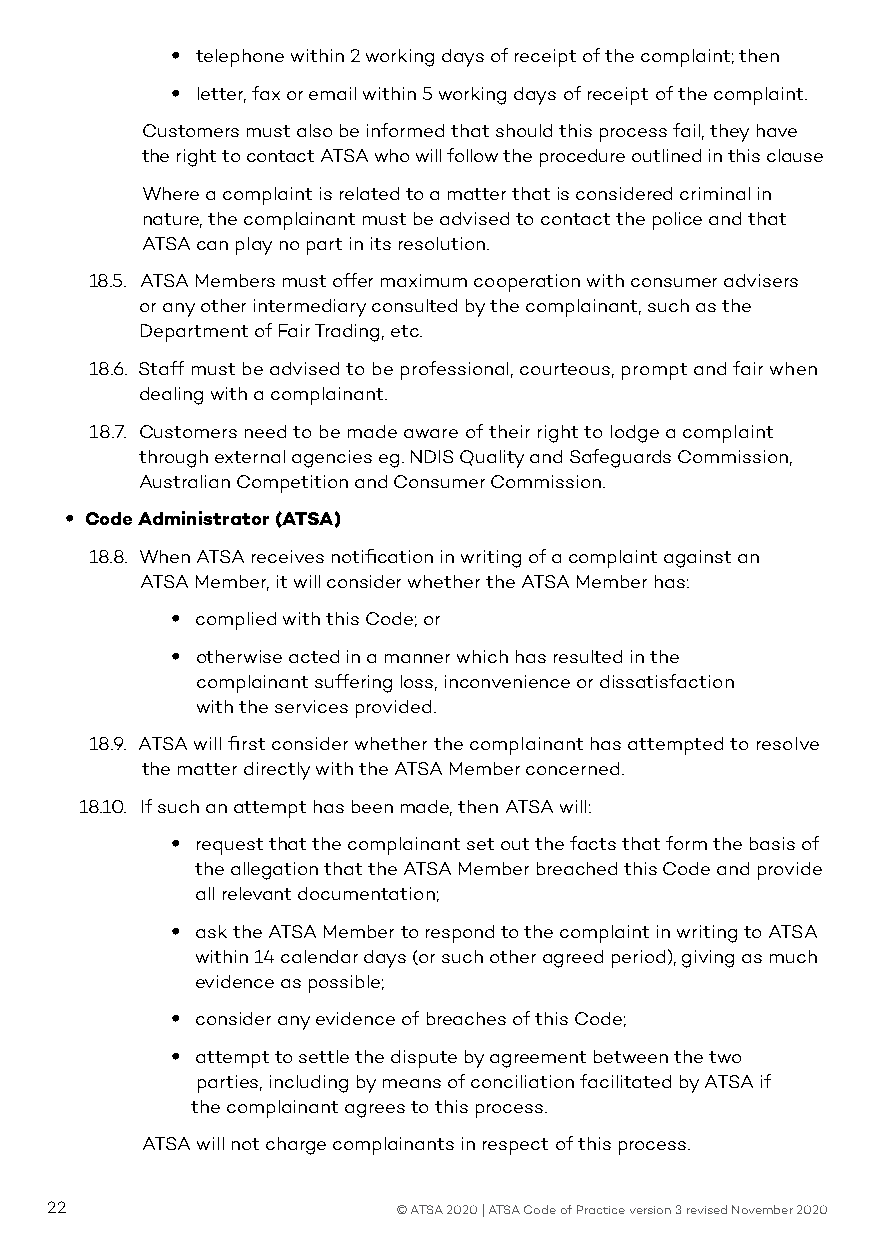
• telephone within 2 working days of receipt of the complaint; then
 • letter, fax or email within 5 working days of receipt of the complaint.
 Customers must also be informed that should this process fail, they have
 the right to contact ATSA who will follow the procedure outlined in this clause
 Where a complaint is related to a matter that is considered criminal in
 nature, the complainant must be advised to contact the police and that
 ATSA can play no part in its resolution.
 18.5. ATSA Members must offer maximum cooperation with consumer advisers
 or any other intermediary consulted by the complainant, such as the
 Department of Fair Trading, etc.
 18.6. Staff must be advised to be professional, courteous, prompt and fair when
 dealing with a complainant.
 18.7. Customers need to be made aware of their right to lodge a complaint
 through external agencies eg. NDIS Quality and Safeguards Commission,
 Australian Competition and Consumer Commission.
 • Code Administrator (ATSA)
 18.8. When ATSA receives notification in writing of a complaint against an
 ATSA Member, it will consider whether the ATSA Member has:
 • complied with this Code; or
 • otherwise acted in a manner which has resulted in the
 complainant suffering loss, inconvenience or dissatisfaction
 with the services provided.
 18.9. ATSA will first consider whether the complainant has attempted to resolve
 the matter directly with the ATSA Member concerned.
 18.10. If such an attempt has been made, then ATSA will:
 • request that the complainant set out the facts that form the basis of
 the allegation that the ATSA Member breached this Code and provide
 all relevant documentation;
 • ask the ATSA Member to respond to the complaint in writing to ATSA
 within 14 calendar days (or such other agreed period), giving as much
 evidence as possible;
 • consider any evidence of breaches of this Code;
 • attempt to settle the dispute by agreement between the two
 parties, including by means of conciliation facilitated by ATSA if
 the complainant agrees to this process.
 ATSA will not charge complainants in respect of this process.
 22                     © ATSA 2020 | ATSA Code of Practice version 3 revised November 2020